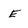
Character: E